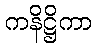
ကနိဋ္ဌိကာ